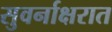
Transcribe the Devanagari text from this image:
सुवर्नाक्षरात